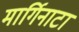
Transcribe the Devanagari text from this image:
मार्गिनाटा